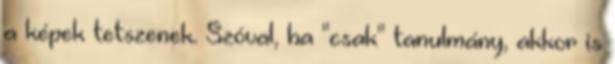
a képek tetszenek. Szóval, ha "csak" tanulmány, akkor is